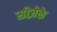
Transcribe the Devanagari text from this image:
सीज़ेके